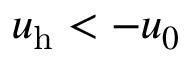
u _ { \mathrm { h } } < - u _ { 0 }